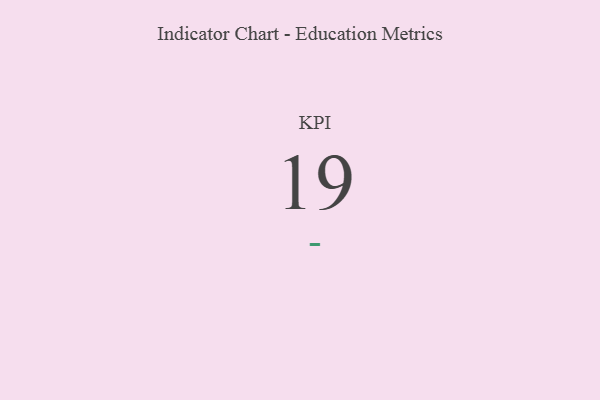
{"axis": {"x": "KPI", "y": "Value"}, "legend": [""], "data": [{"x": "KPI", "y": 19, "type": ""}]}